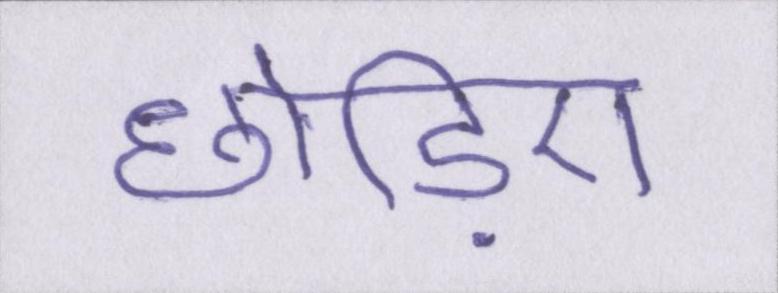
छोड़िए